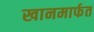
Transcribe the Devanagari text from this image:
खानमार्फत